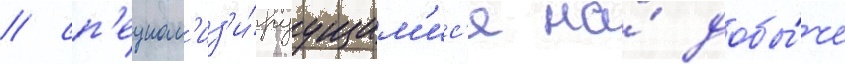
/ сп'ециал'из'и́руущим'ис'я на́ добы́че